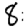
Digit: 8